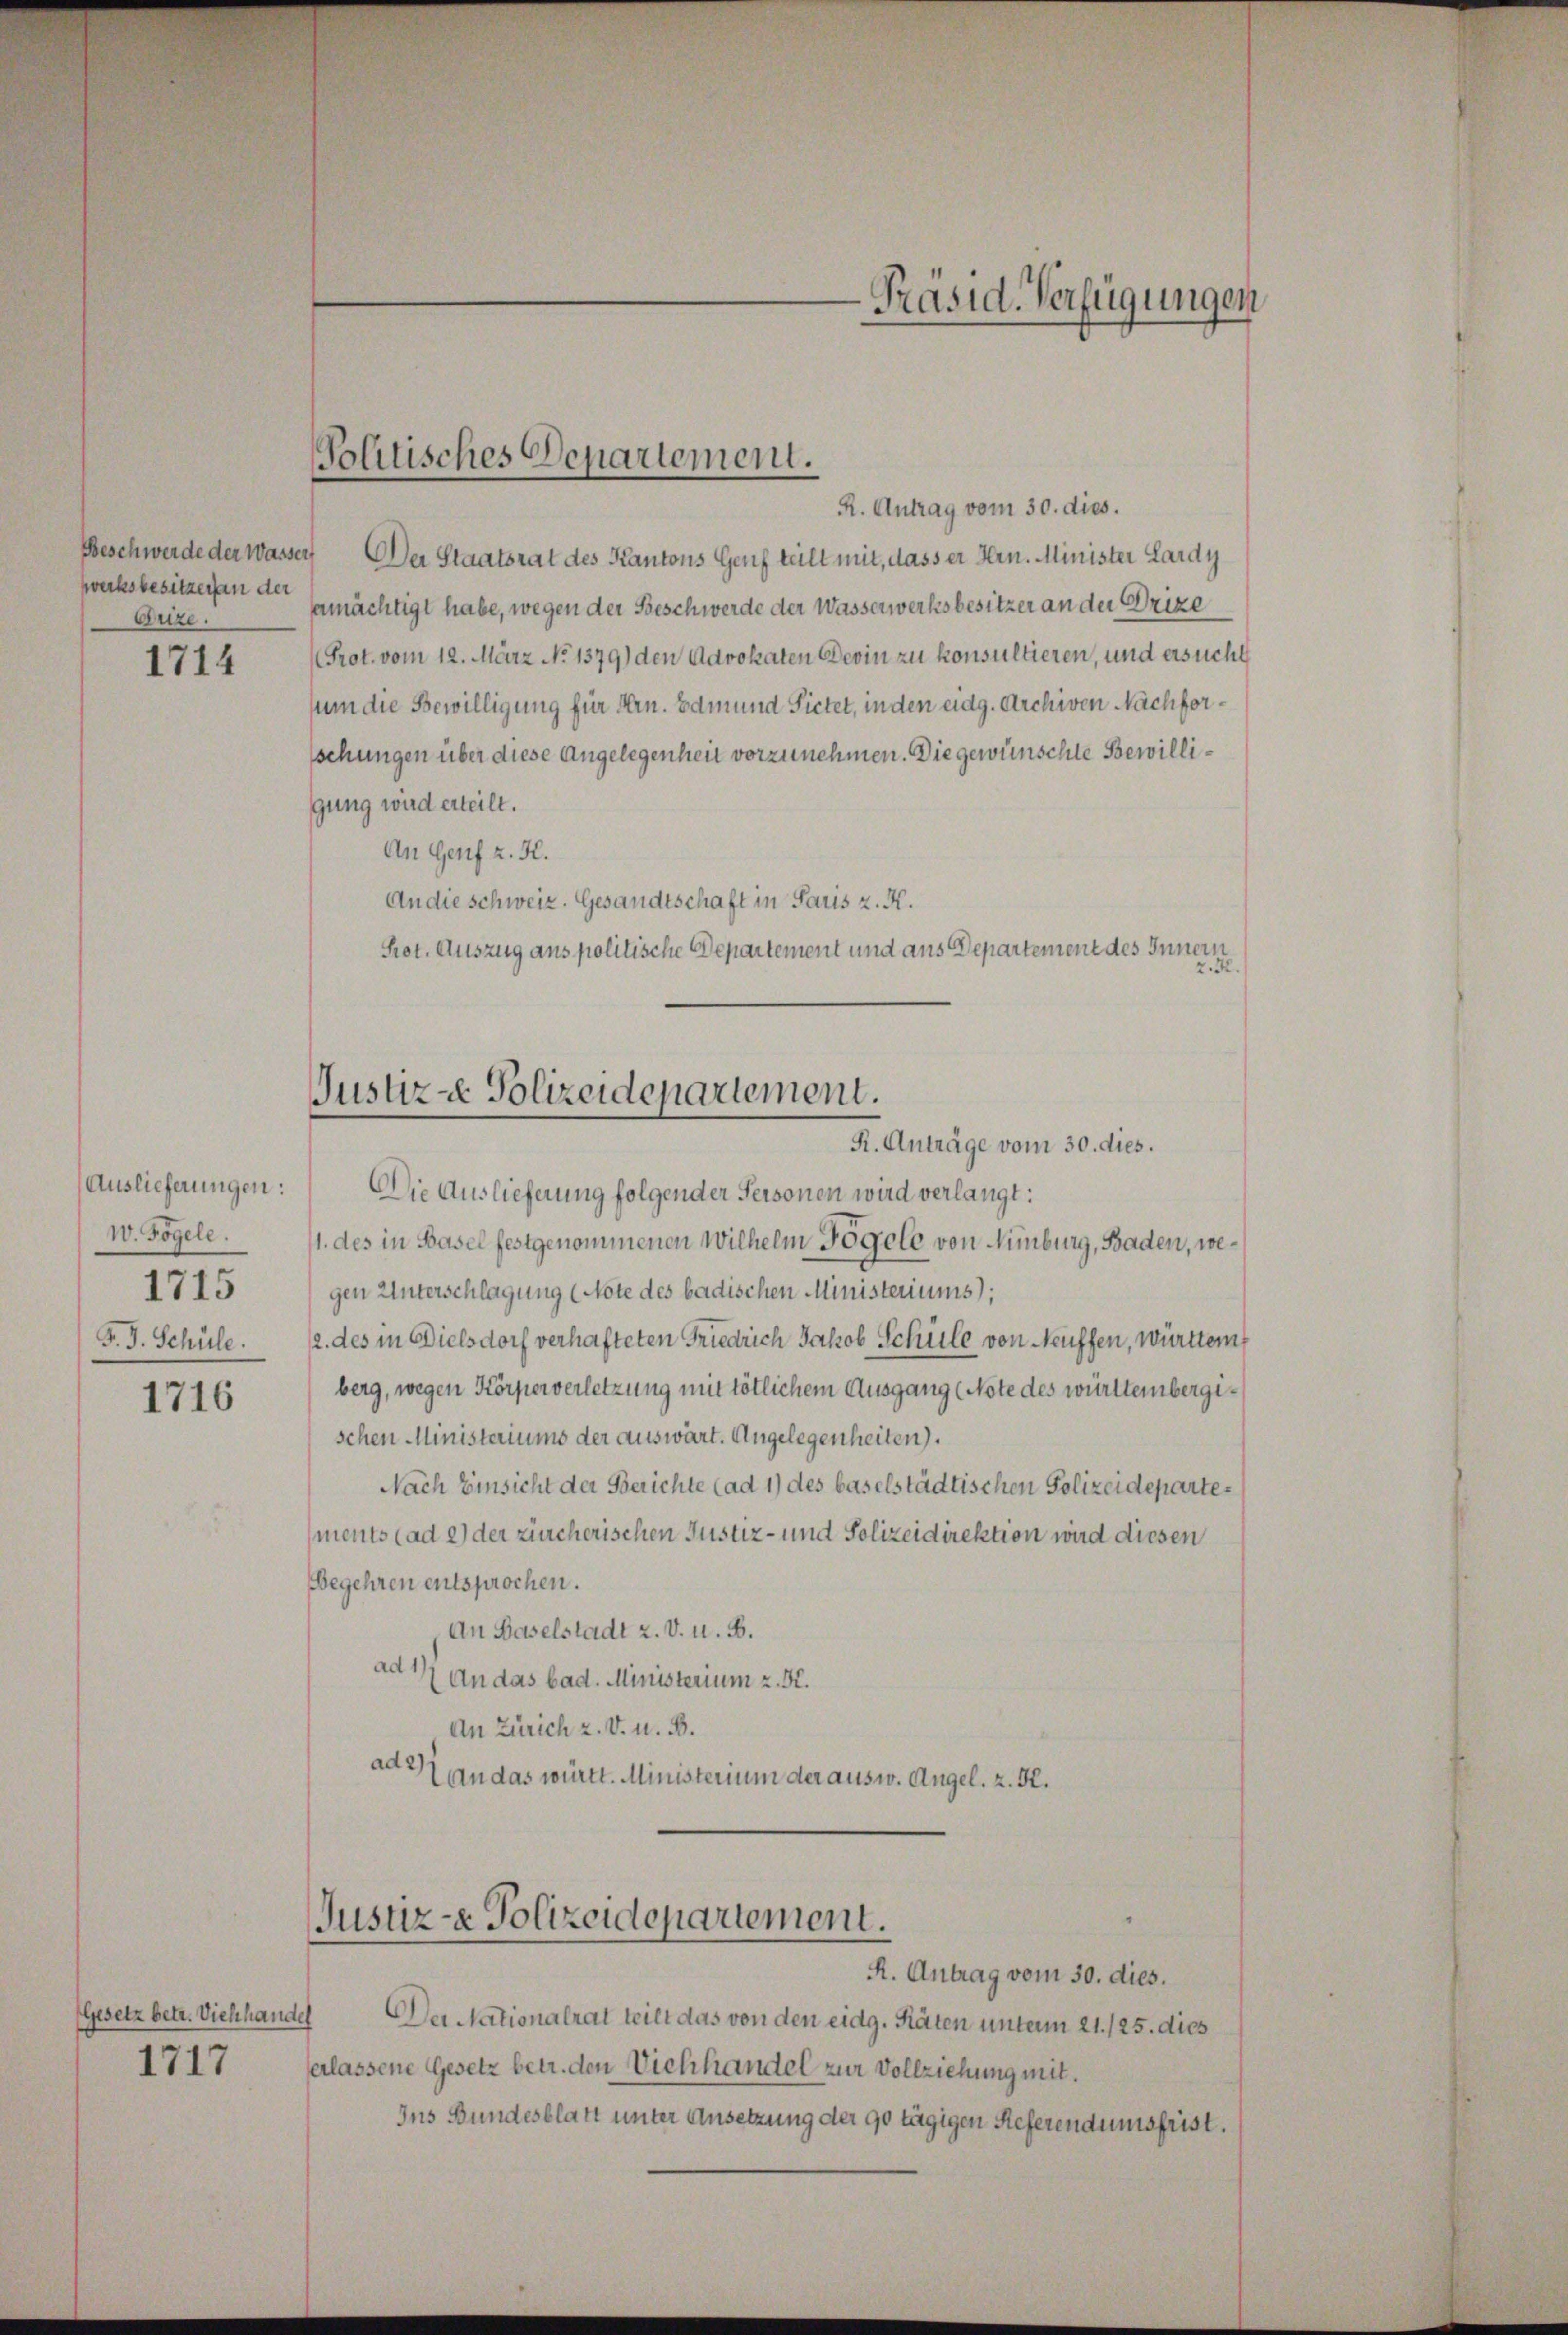
werksbesitzer an der
Grize.

1714

R. Antrag vom 30. dies.
Beschwerde der Wasser Der Staatsrat des Kantons Genf teilt mit, dass er Hrn. Minister Lardy
amächtigt habe, wegen der Beschwerde der Wasserwerksbesitzer an der Brixe
Prot. vom 12. März No 1379) den Advokaten Devin zu konsultieren, und ersucht
sum die Bewilligung für Hrn. Edmund Sietet, in den eidg. Archiven Nachforsehungen über diese Angelegenheit vorzunehmen. Die gewünschte Bewilligung wird erteilt.
An Genf z. H.
An die schweiz. Gesandtschaft in Paris z. K.
Prot. Auszug aus politische Departement und aus Departement des Innern
2.R.
Auslieferungen:
Die Auslieferung folgender Personen wird verlangt:
w. Fögele.
11. des in Basel festgenommenen Wilhelm Fögele von Nimburg, Baden, we¬
1715
gen Unterschlagung (Note des badischen Ministeriums);
F. J. Schüle. 12. des in Dielsdorf verhafteten Friedrich Jakob Schule von Neuffen, württem
1716 (berg, wegen Körperverletzung mit tötlichem Ausgang (Note des württembergischen Ministeriums der auswärt. Angelegenheiten).
Nach Einsicht der Berichte (ad 1) des baselstädtischen Polizeidepartements (ad 2) der zürcherischen Justiz- und Polizeidirektion wird diesen
Begehren entsprochen.
An Baselstadt z. v. u. B.
ad & an das bad. Ministerium z. K.
An Zürich z. V. u. B.
ad 3 an das württ. Ministerium der ausw. Angel. z. B.
Justiz- & Polizeidepartement.

Gesetz betr. Viehhandel

Politisches Departement.

Justiz - Polizeidepartement.
R. Anträge vom 30. dies.

R. Antrag vom 30. dies.

Präsid. Verfügungen

Der Nationalrat teilt das von den eidg. Räten unterm 21./25. dies
1717
erlassene Gesetz betr. den Viehhandel zur Vollziehung mit
Ins Bundesblatt unter Ansetzung der 90 tägigen Referendumsfrist.